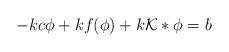
LaTeX: \begin{align*} -kc\phi + kf(\phi) + k\mathcal{K}*\phi = b\end{align*}